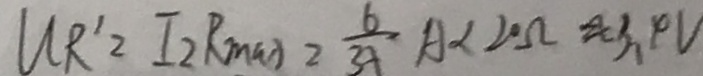
U R ^ { \prime } = I _ { 2 } R _ { \max } = \frac { 6 } { 3 5 } A \times 2 0 \Omega \approx 3 . 4 V